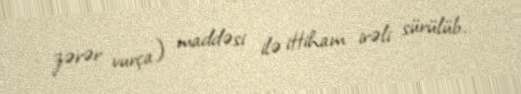
zərər vurça) maddəsi ilə ittiham irəli sürülüb.